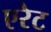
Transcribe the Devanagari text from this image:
एरेट